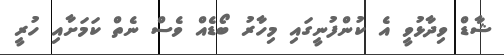
ޝާޑް ވިދާޅުވީ އެ ކުންފުނީގައި މިހާރު ބޯޑެއް ވެސް ނެތް ކަމަށާއި ހުރީ